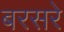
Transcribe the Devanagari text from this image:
बरसरे